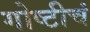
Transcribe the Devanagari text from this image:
गोष्टीचं